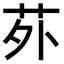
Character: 𫟌